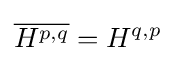
{\overline {H^{p,q}}}=H^{q,p}